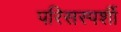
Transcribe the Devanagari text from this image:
परिसस्पर्शी